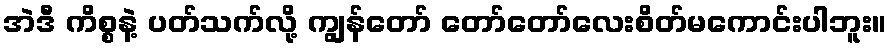
အဲဒီ ကိစ္စနဲ့ ပတ်သက်လို့ ကျွန်တော် တော်တော်လေးစိတ်မကောင်းပါဘူး။